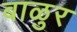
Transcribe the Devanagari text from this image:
बाळुर